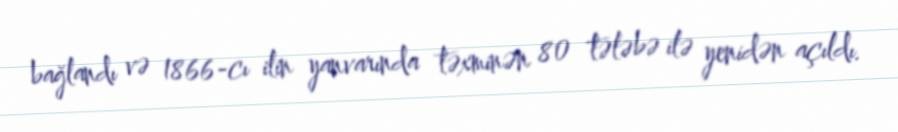
bağlandı və 1866-cı ilin yanvarında təxminən 80 tələbə ilə yenidən açıldı.